Calcutta medical institutions reports 1879-81 [i.e.91]
Year: 1879
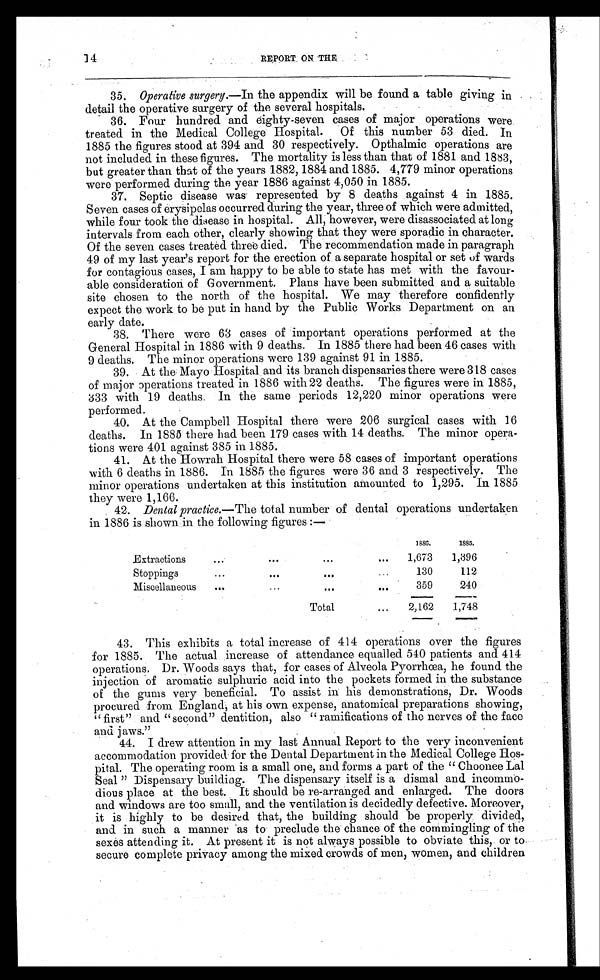
REPORT ON THE
35.
Operative surgery.—In the appendix will be found a table giving in
detail the operative surgery of the several hospitals.
36. Four hundred and eighty-seven cases of major operations were
treated in the Medical College Hospital. Of this number 53 died. In
1885 the figures stood at 394 and 30 respectively. Opthalmic operations are
not included in these figures. The mortality is less than that of 1881 and 1883,
but greater than that of the years 1882, 1884 and 1885. 4,779 minor operations
were performed during the year 1886 against 4,050 in 1885.
37. Septic disease was' represented by 8 deaths against 4 in 1885.
Seven cases of erysipelas occurred during the year, three of which were admitted,
while four took the disease in hospital. All, however, were disassociated at long
intervals from each other, clearly showing that they were sporadic in character.
Of the seven cases treated three died. The recommendation made in paragraph
49 of my last year's report for the erection of a separate hospital or set of wards
for contagious cases, I am happy to be able to state has met with the favour-
able consideration of Government. Plans have been submitted and a suitable
site chosen to the north of the hospital. We may therefore confidently
expect the work to be put in hand by the Public Works Department on an
early date.
38. There were 68 cases of important operations performed at the
General Hospital in 1886 with 9 deaths. In 1885 there had been 46 cases with
9 deaths. The minor operations were 139 against 91 in 1885.
39. At the Mayo Hospital and its branch dispensaries there were 318 cases
of major Dperations treated in 1886 with 22 deaths. The figures were in 1885,
333 with 19 deaths. In the same periods 12,220 minor operations were
performed.
-
40. At the Campbell Hospital there were 206 surgical cases with 16
deaths. In 1885 there had been 179 cases with 14 deaths. The minor opera-
tions were 401 against 385 in 1885.
41. At the Howrah Hospital there were 58 cases of important operations
with 6 deaths in 1886. In 1885 the figures were 36 and 3 respectively. The
minor operations undertaken at this institution amounted to 1,295. In 1885
they were 1,166.
42. Dental practice.— The total number of dental operations undertaken
in 1886 is shown in the following figures :—
Extractions
. . .
. . .
. . .
...•
1886.
1885.
1,673
1,396
Stoppings
...
. . .
. . .
...
130
112
Miscellaneous
...
...
...
. . .
359
240
Total
. . .
2,162
1,748
43. This exhibits a total increase of 414 operations over the figures
for 1885. The actual increase of attendance equalled 540 patients and 414
operations. Dr. Woods says that, for cases of Alveola Pyorrhoea, he found the
injection of aromatic sulphuric acid into the pockets formed in the substance
of the gums very beneficial. To assist in his demonstrations, Dr. Woods
procured from England, at his own expense, anatomical preparations showing,
" first" and "second" dentition, also " ramifications of the nerves of the face and jaws.”
44. I drew attention in my last Annual Report to the very inconvenient
accommodation provided for the Dental Department in the Medical College Hos-
pital. The operating room is a small one, and forms a part of the “ Choonee Lal
Seal " Dispensary building. The dispensary itself is a dismal and incommo-
dious place at the best. It should be re-arranged and enlarged. The doors
and windows are too small, and the ventilation is decidedly defective. Moreover,
it is highly to be desired that, the building should be properly divided,
and. in such a manner as to preclude the chance of the commingling of the
sexes attending it. At present it is not always possible to obviate this, or to
secure complete privacy among the mixed crowds of men, women, and children